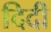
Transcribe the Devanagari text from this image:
दिदी